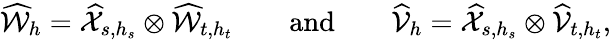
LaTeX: \begin{array}{rlrlr}{\widehat{\mathcal{W}}_{h}=\widehat{\mathcal{X}}_{s,h_{s}}\otimes\widehat{\mathcal{W}}_{t,h_{t}}}&{}&{\mathrm{and}}&{}&{\widehat{\mathcal{V}}_{h}=\widehat{\mathcal{X}}_{s,h_{s}}\otimes\widehat{\mathcal{V}}_{t,h_{t}},}\end{array}